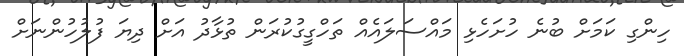
ހިންގި ކަމަށް ބުނެ ހުށަހެޅި މައްސަލައެއް ތަހްގީގުކުރަން ތުޅާދު އަށް ދިޔަ ފުލުހުންނަށް